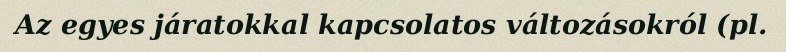
Az egyes járatokkal kapcsolatos változásokról (pl.